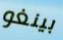
بينغو